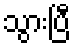
သွားပြီ